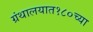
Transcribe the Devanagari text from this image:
ग्रंथालयात१८०च्या